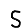
Digit: 5